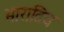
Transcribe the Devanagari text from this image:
भारातिय